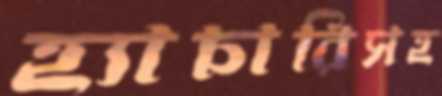
হ্যাচারিসহ